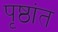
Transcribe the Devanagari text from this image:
पृष्ठांत